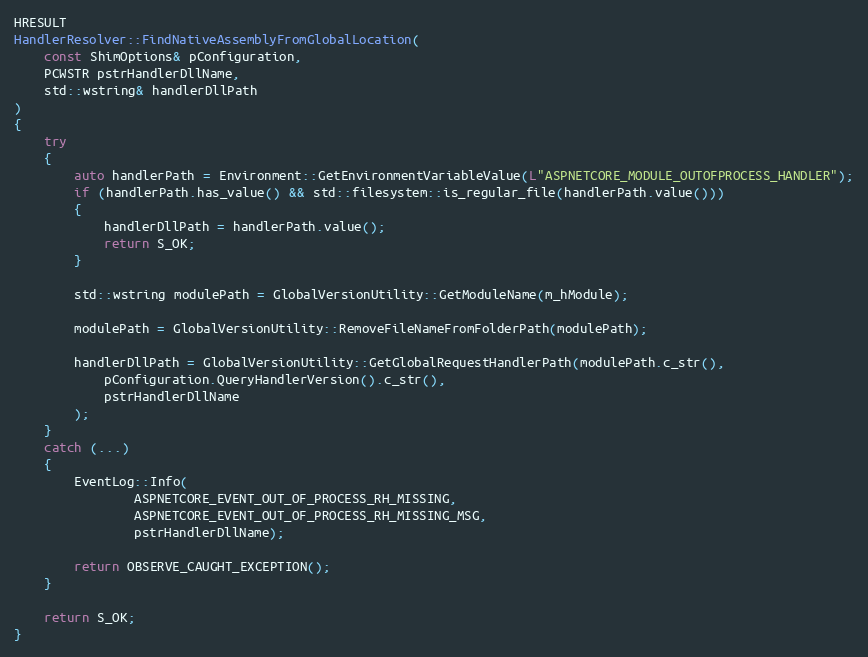
Language: C++
HRESULT
HandlerResolver::FindNativeAssemblyFromGlobalLocation(
    const ShimOptions& pConfiguration,
    PCWSTR pstrHandlerDllName,
    std::wstring& handlerDllPath
)
{
    try
    {
        auto handlerPath = Environment::GetEnvironmentVariableValue(L"ASPNETCORE_MODULE_OUTOFPROCESS_HANDLER");
        if (handlerPath.has_value() && std::filesystem::is_regular_file(handlerPath.value()))
        {
            handlerDllPath = handlerPath.value();
            return S_OK;
        }

        std::wstring modulePath = GlobalVersionUtility::GetModuleName(m_hModule);

        modulePath = GlobalVersionUtility::RemoveFileNameFromFolderPath(modulePath);

        handlerDllPath = GlobalVersionUtility::GetGlobalRequestHandlerPath(modulePath.c_str(),
            pConfiguration.QueryHandlerVersion().c_str(),
            pstrHandlerDllName
        );
    }
    catch (...)
    {
        EventLog::Info(
                ASPNETCORE_EVENT_OUT_OF_PROCESS_RH_MISSING,
                ASPNETCORE_EVENT_OUT_OF_PROCESS_RH_MISSING_MSG,
                pstrHandlerDllName);

        return OBSERVE_CAUGHT_EXCEPTION();
    }

    return S_OK;
}